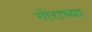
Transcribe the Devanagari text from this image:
गोराच्या